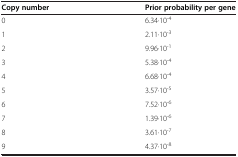
<table><thead><tr><td><b>Copy number</b></td><td><b>Prior probability per gene</b></td></tr></thead><tbody><tr><td>0</td><td>6.34·10<sup>-4</sup></td></tr><tr><td>1</td><td>2.11·10<sup>-3</sup></td></tr><tr><td>2</td><td>9.96·10<sup>-1</sup></td></tr><tr><td>3</td><td>5.38·10<sup>-4</sup></td></tr><tr><td>4</td><td>6.68·10<sup>-4</sup></td></tr><tr><td>5</td><td>3.57·10<sup>-5</sup></td></tr><tr><td>6</td><td>7.52·10<sup>-6</sup></td></tr><tr><td>7</td><td>1.39·10<sup>-6</sup></td></tr><tr><td>8</td><td>3.61·10<sup>-7</sup></td></tr><tr><td>9</td><td>4.37·10<sup>-8</sup></td></tr></tbody></table>